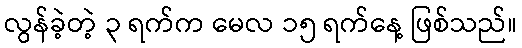
လွန်ခဲ့တဲ့ ၃ ရက်က မေလ ၁၅ ရက်နေ့ ဖြစ်သည်။